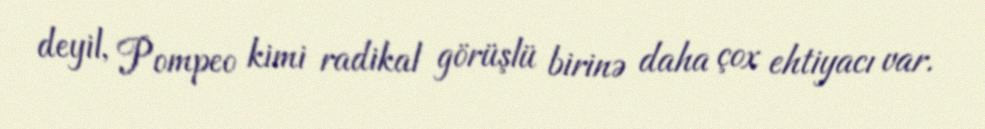
deyil, Pompeo kimi radikal görüşlü birinə daha çox ehtiyacı var.